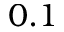
0 . 1